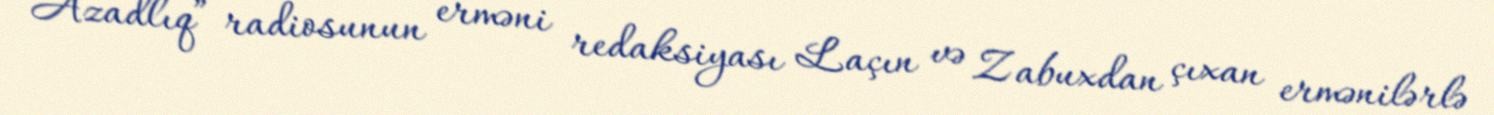
“Azadlıq” radiosunun erməni redaksiyası Laçın və Zabuxdan çıxan ermənilərlə